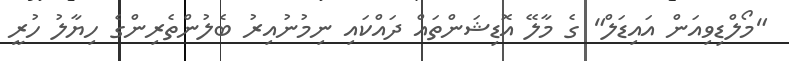
"މޯލްޑިވިއަން އައިޑަލް" ގެ މާލޭ އޮޑިޝަންތައް ދައްކައި ނިމުނުއިރު ބެލުންތެރިންގެ ހިޔާލު ހުރީ